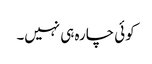
کوئی چارہ ہی نہیں۔